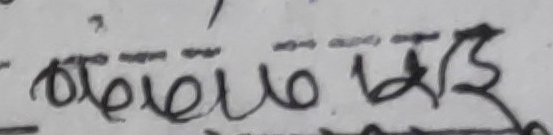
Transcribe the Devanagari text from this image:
समुद्री